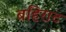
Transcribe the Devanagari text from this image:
बहिराट